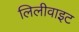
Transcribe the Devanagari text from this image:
लिलीवाइट